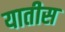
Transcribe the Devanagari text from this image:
यातीस